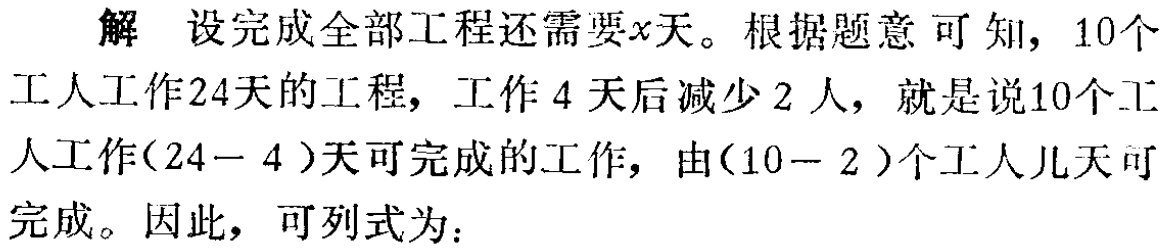
解 设完成全部工程还需要\(x\)天。根据题意可知，10个工人工作24天的工程，工作4天后减少2人，就是说10个工人工作\((24 - 4)\)天可完成的工作，由\((10 - 2)\)个工人几天可完成。因此，可列式为：